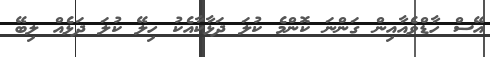
އޭސް ހާޑްވެއާއިން ގަންނަ ކޮންމެ ކުލަ ދަޅާކާއެކު ހިލޭ ކުލަ ދަޅެއް ލިބޭ